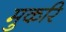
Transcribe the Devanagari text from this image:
मुकरि